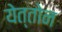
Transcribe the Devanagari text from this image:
येत्तोन